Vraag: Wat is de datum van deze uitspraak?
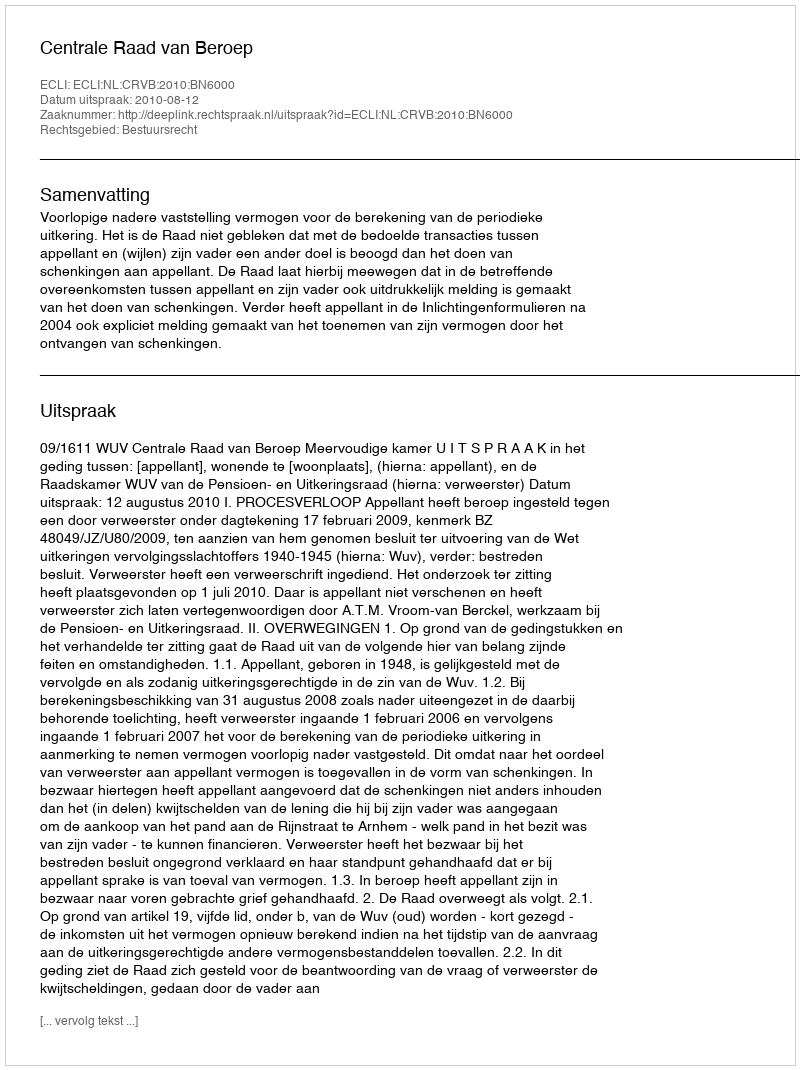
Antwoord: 2010-08-12